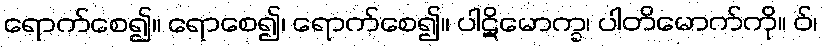
ရောက်စေ၍။ ရောစေ၍၊ ရောက်စေ၍။ ပါဋိမောက္ခ၊ ပါတိမောက်ကို။ ဝ်၊